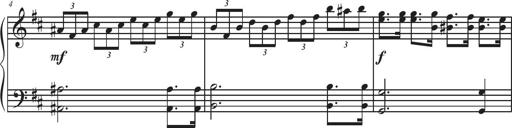
Title: Sonatina Espania
Composer: Jerald Franklin Archer
Key: Various